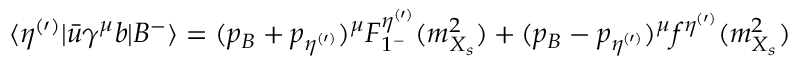
\langle \eta ^ { ( \prime ) } | \bar { u } \gamma ^ { \mu } b | B ^ { - } \rangle = ( p _ { B } + p _ { \eta ^ { ( \prime ) } } ) ^ { \mu } F _ { 1 ^ { - } } ^ { \eta ^ { ( \prime ) } } ( m _ { X _ { s } } ^ { 2 } ) + ( p _ { B } - p _ { \eta ^ { ( \prime ) } } ) ^ { \mu } f ^ { \eta ^ { ( \prime ) } } ( m _ { X _ { s } } ^ { 2 } )